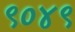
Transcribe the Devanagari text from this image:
९०४९